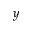
y